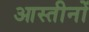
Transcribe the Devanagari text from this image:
आस्तीनों